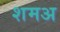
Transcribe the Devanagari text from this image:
शमअ